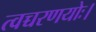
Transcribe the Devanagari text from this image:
त्वच्चरणयोः।